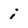
Character: i